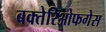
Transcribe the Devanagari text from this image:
बक्तेरिओफगेस